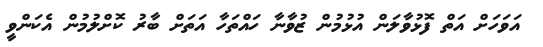
އަވަހަށް އަތް ފޮޅުވާލަން އުޅުމުން ޒުވާނާ ހައްތަހާ އަތަށް ބާރު ކޮށްލުމުން އެކަންވީ